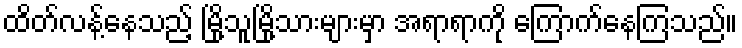
ထိတ်လန့်နေသည့် မြို့သူမြို့သားများမှာ အရာရာကို ကြောက်နေကြသည်။